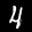
Label: 4